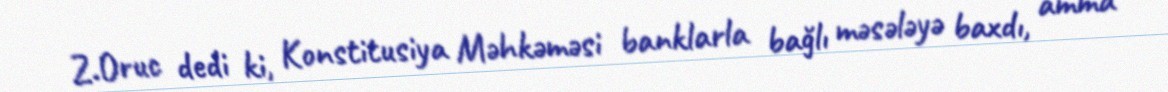
Z.Oruc dedi ki, Konstitusiya Məhkəməsi banklarla bağlı məsələyə baxdı, amma